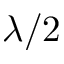
\lambda / 2